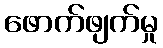
ဖောက်ဖျက်မှု